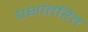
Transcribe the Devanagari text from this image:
पक्षांतरित